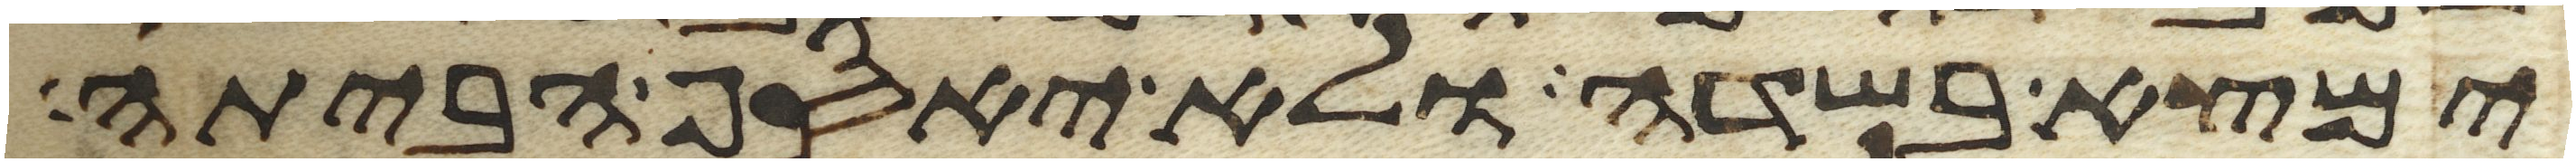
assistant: ימצא בשדה ולא יאסף הביתה